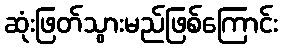
ဆုံးဖြတ်သွားမည်ဖြစ်ကြောင်း